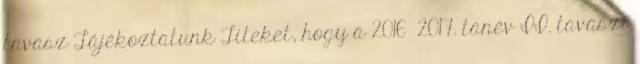
tavasz Tájékoztatunk Titeket, hogy a 2016 2017. tanév II. tavaszi